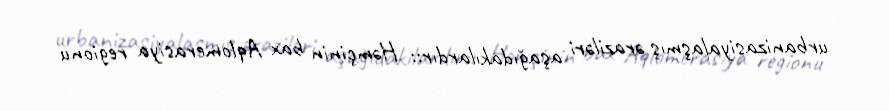
urbanizasiyalaşmış əraziləri aşağıdakılardır:: Həmçinin bax Aqlomerasiya regionu